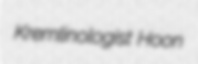
Kremlinologist Hoon